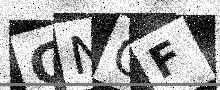
Text: GNGF